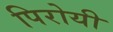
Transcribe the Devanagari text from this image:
पिरोयी